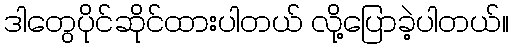
ဒါတွေပိုင်ဆိုင်ထားပါတယ် လို့ပြောခဲ့ပါတယ်။